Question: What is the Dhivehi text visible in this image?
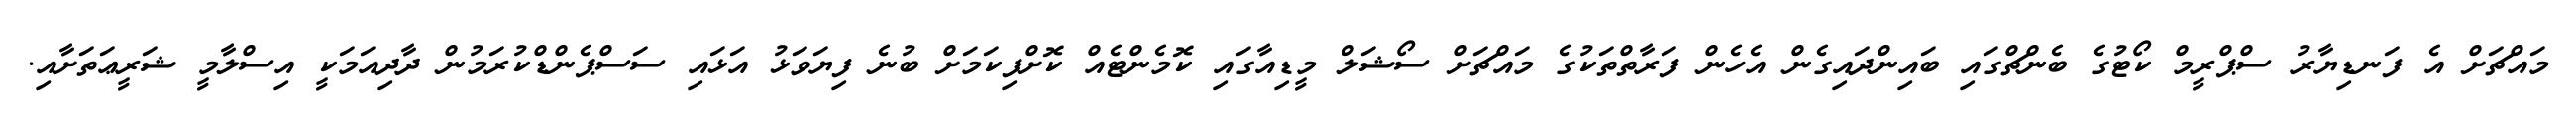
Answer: މައްޗަށް އެ ފަނޑިޔާރު ސްޕްރީމް ކޯޓުގެ ބެންޗްގައި ބައިންދައިގެން އެހެން ފަރާތްތަކުގެ މައްޗަށް ސޯޝަލް މީޑިއާގައި ކޮމެންޓެއް ކޮށްފިކަމަށް ބުނެ ފިޔަވަޅު އަޅައި ސަސްޕެންޑްކުރަމުން ދާދިއަމަކީ އިސްލާމީ ޝަރީޢަތަށާއި.